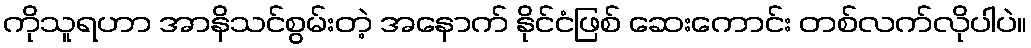
ကိုသူရဟာ အာနိသင်စွမ်းတဲ့ အနောက် နိုင်ငံဖြစ် ဆေးကောင်း တစ်လက်လိုပါပဲ။